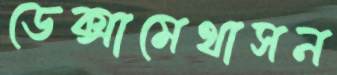
ডেক্সামেথাসন